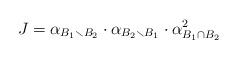
LaTeX: \begin{align*}J= \alpha_{B_1 \smallsetminus B_2} \cdot \alpha_{B_2 \smallsetminus B_1} \cdot \alpha_{B_1 \cap B_2}^2\end{align*}